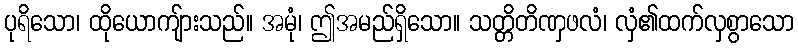
ပုရိသော၊ ထိုယောကျ်ားသည်။ အမုံ၊ ဤအမည်ရှိသော။ သတ္တိတိဏှဖလံ၊ လှံ၏ထက်လှစွာသော